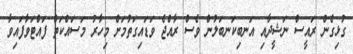
ގުޅިގެން ރައީސް ނަޝީދާއި އަނބިކަނބަލުން ވެސް ރާއްޖެ ވަޑައިގަތުމަށް މިހާރު މަސައްކަތް ފައްޓަވާފައިވާ